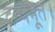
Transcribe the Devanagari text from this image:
द्रव्यभूत।